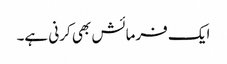
ایک فرمائش بھی کرنی ہے۔